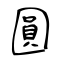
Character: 圓